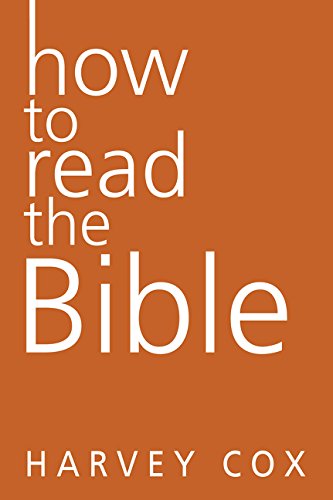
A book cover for How to Read the Bible; Harvey Cox; Christian Books & Bibles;